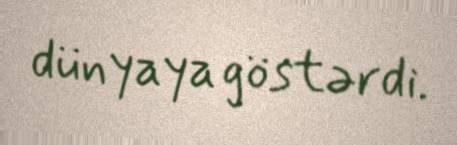
dünyaya göstərdi.